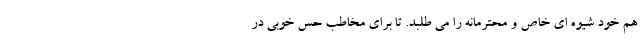
هم خود شیوه ای خاص و محترمانه را می طلبد. تا برای مخاطب حس خوبی در